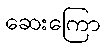
ဆေးကြော